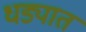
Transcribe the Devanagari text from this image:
धड्यात